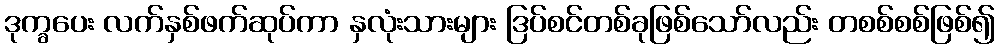
ဒုက္ခပေး လက်နှစ်ဖက်ဆုပ်ကာ နှလုံးသားများ ဒြပ်စင်တစ်ခုဖြစ်သော်လည်း တစစ်စစ်ဖြစ်၍